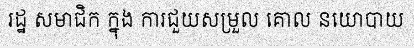
រដ្ឋ សមាជិក ក្នុង ការជួយសម្រួល គោល នយោបាយ